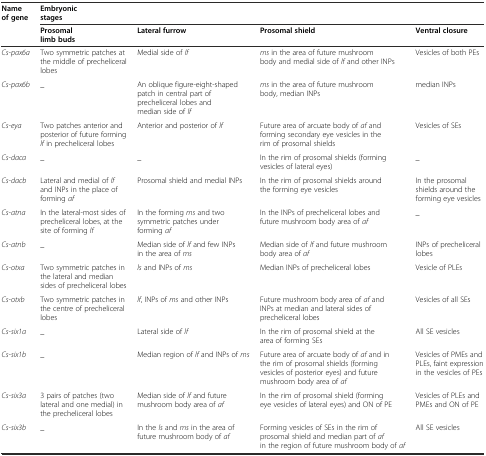
| <ROWSPAN=2> Name of gene | <COLSPAN=4> Embryonic stages |
 | Prosomal limb buds | Lateral furrow | Prosomal shield | Ventral closure |
 | --- | --- | --- | --- | --- |
 | Cs-pax6a | Two symmetric patches at the middle of precheliceral lobes | Medial side of lf | ms in the area of future mushroom body and medial side of lf and other INPs | Vesicles of both PEs |
 | Cs-pax6b | _ | An oblique figure-eight-shaped patch in central part of precheliceral lobes and median side of lf | ms in the area of future mushroom body, median INPs | median INPs |
 | Cs-eya | Two patches anterior and posterior of future forming lf in precheliceral lobes | Anterior and posterior of lf | Future area of arcuate body of af and forming secondary eye vesicles in the rim of prosomal shields | Vesicles of SEs |
 | Cs-daca | _ | _ | In the rim of prosomal shields (forming vesicles of lateral eyes) | _ |
 | Cs-dacb | Lateral and medial of lf and INPs in the place of forming af | Prosomal shield and medial INPs | In the rim of prosomal shields around the forming eye vesicles | In the prosomal shields around the forming eye vesicles |
 | Cs-atna | In the lateral-most sides of precheliceral lobes, at the site of forming lf | In the forming ms and two symmetric patches under forming af | In the INPs of precheliceral lobes and future mushroom body area of af | _ |
 | Cs-atnb | _ | Median side of lf and few INPs in the area of ms | Median side of lf and future mushroom body area of af | INPs of precheliceral lobes |
 | Cs-otxa | Two symmetric patches in the lateral and median sides of precheliceral lobes | ls and INPs of ms | Median INPs of precheliceral lobes | Vesicle of PLEs |
 | Cs-otxb | Two symmetric patches in the centre of precheliceral lobes | lf, INPs of ms and other INPs | Future mushroom body area of af and INPs at median and lateral sides of precheliceral lobes | Vesicles of all SEs |
 | Cs-six1a | _ | Lateral side of lf | In the rim of prosomal shield at the area of forming SEs | All SE vesicles |
 | Cs-six1b | _ | Median region of lf and INPs of ms | Future area of arcuate body of af and in the rim of prosomal shields (forming vesicles of posterior eyes) and future mushroom body area of af | Vesicles of PMEs and PLEs, faint expression in the vesicles of PEs |
 | Cs-six3a | 3 pairs of patches (two lateral and one medial) in the precheliceral lobes | Median side of lf and future mushroom body area of af | In the rim of prosomal shield (forming eye vesicles of lateral eyes) and ON of PE | Vesicles of PLEs and PMEs and ON of PE |
 | Cs-six3b | _ | In the ls and ms in the area of future mushroom body of af | Forming vesicles of SEs in the rim of prosomal shield and median part of af in the region of future mushroom body of af | All SE vesicles |